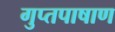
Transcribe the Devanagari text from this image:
गुप्तपाषाण